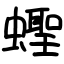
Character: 蟶